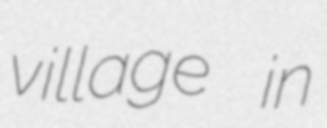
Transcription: village in